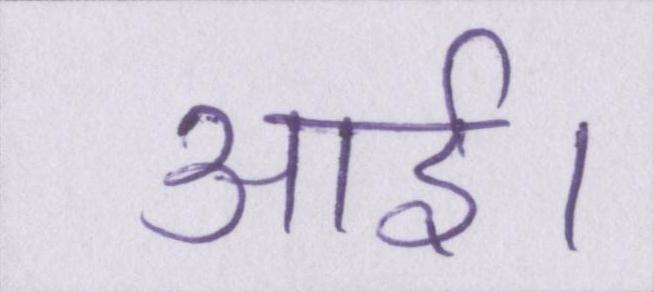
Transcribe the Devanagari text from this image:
आई।